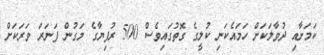
ކަމަށާއި ދުވާލަކަށް ހަމައެކަނި ކުލީގެ ގޮތުގައިވެސް 500 ރުފިޔާގެ މަގުން ފަނަރަ ވަރަކަށް